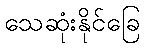
သေဆုံးနိုင်ခြေ